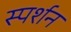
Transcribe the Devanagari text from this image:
स्पर्शन